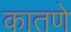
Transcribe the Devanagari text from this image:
कातणे